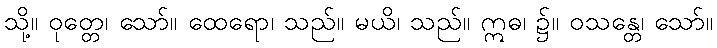
သို့။ ဝုတ္တေ၊ သော်။ ထေရော၊ သည်။ မယိ၊ သည်။ ဣဓ၊ ၌။ ဝသန္တေ၊ သော်။